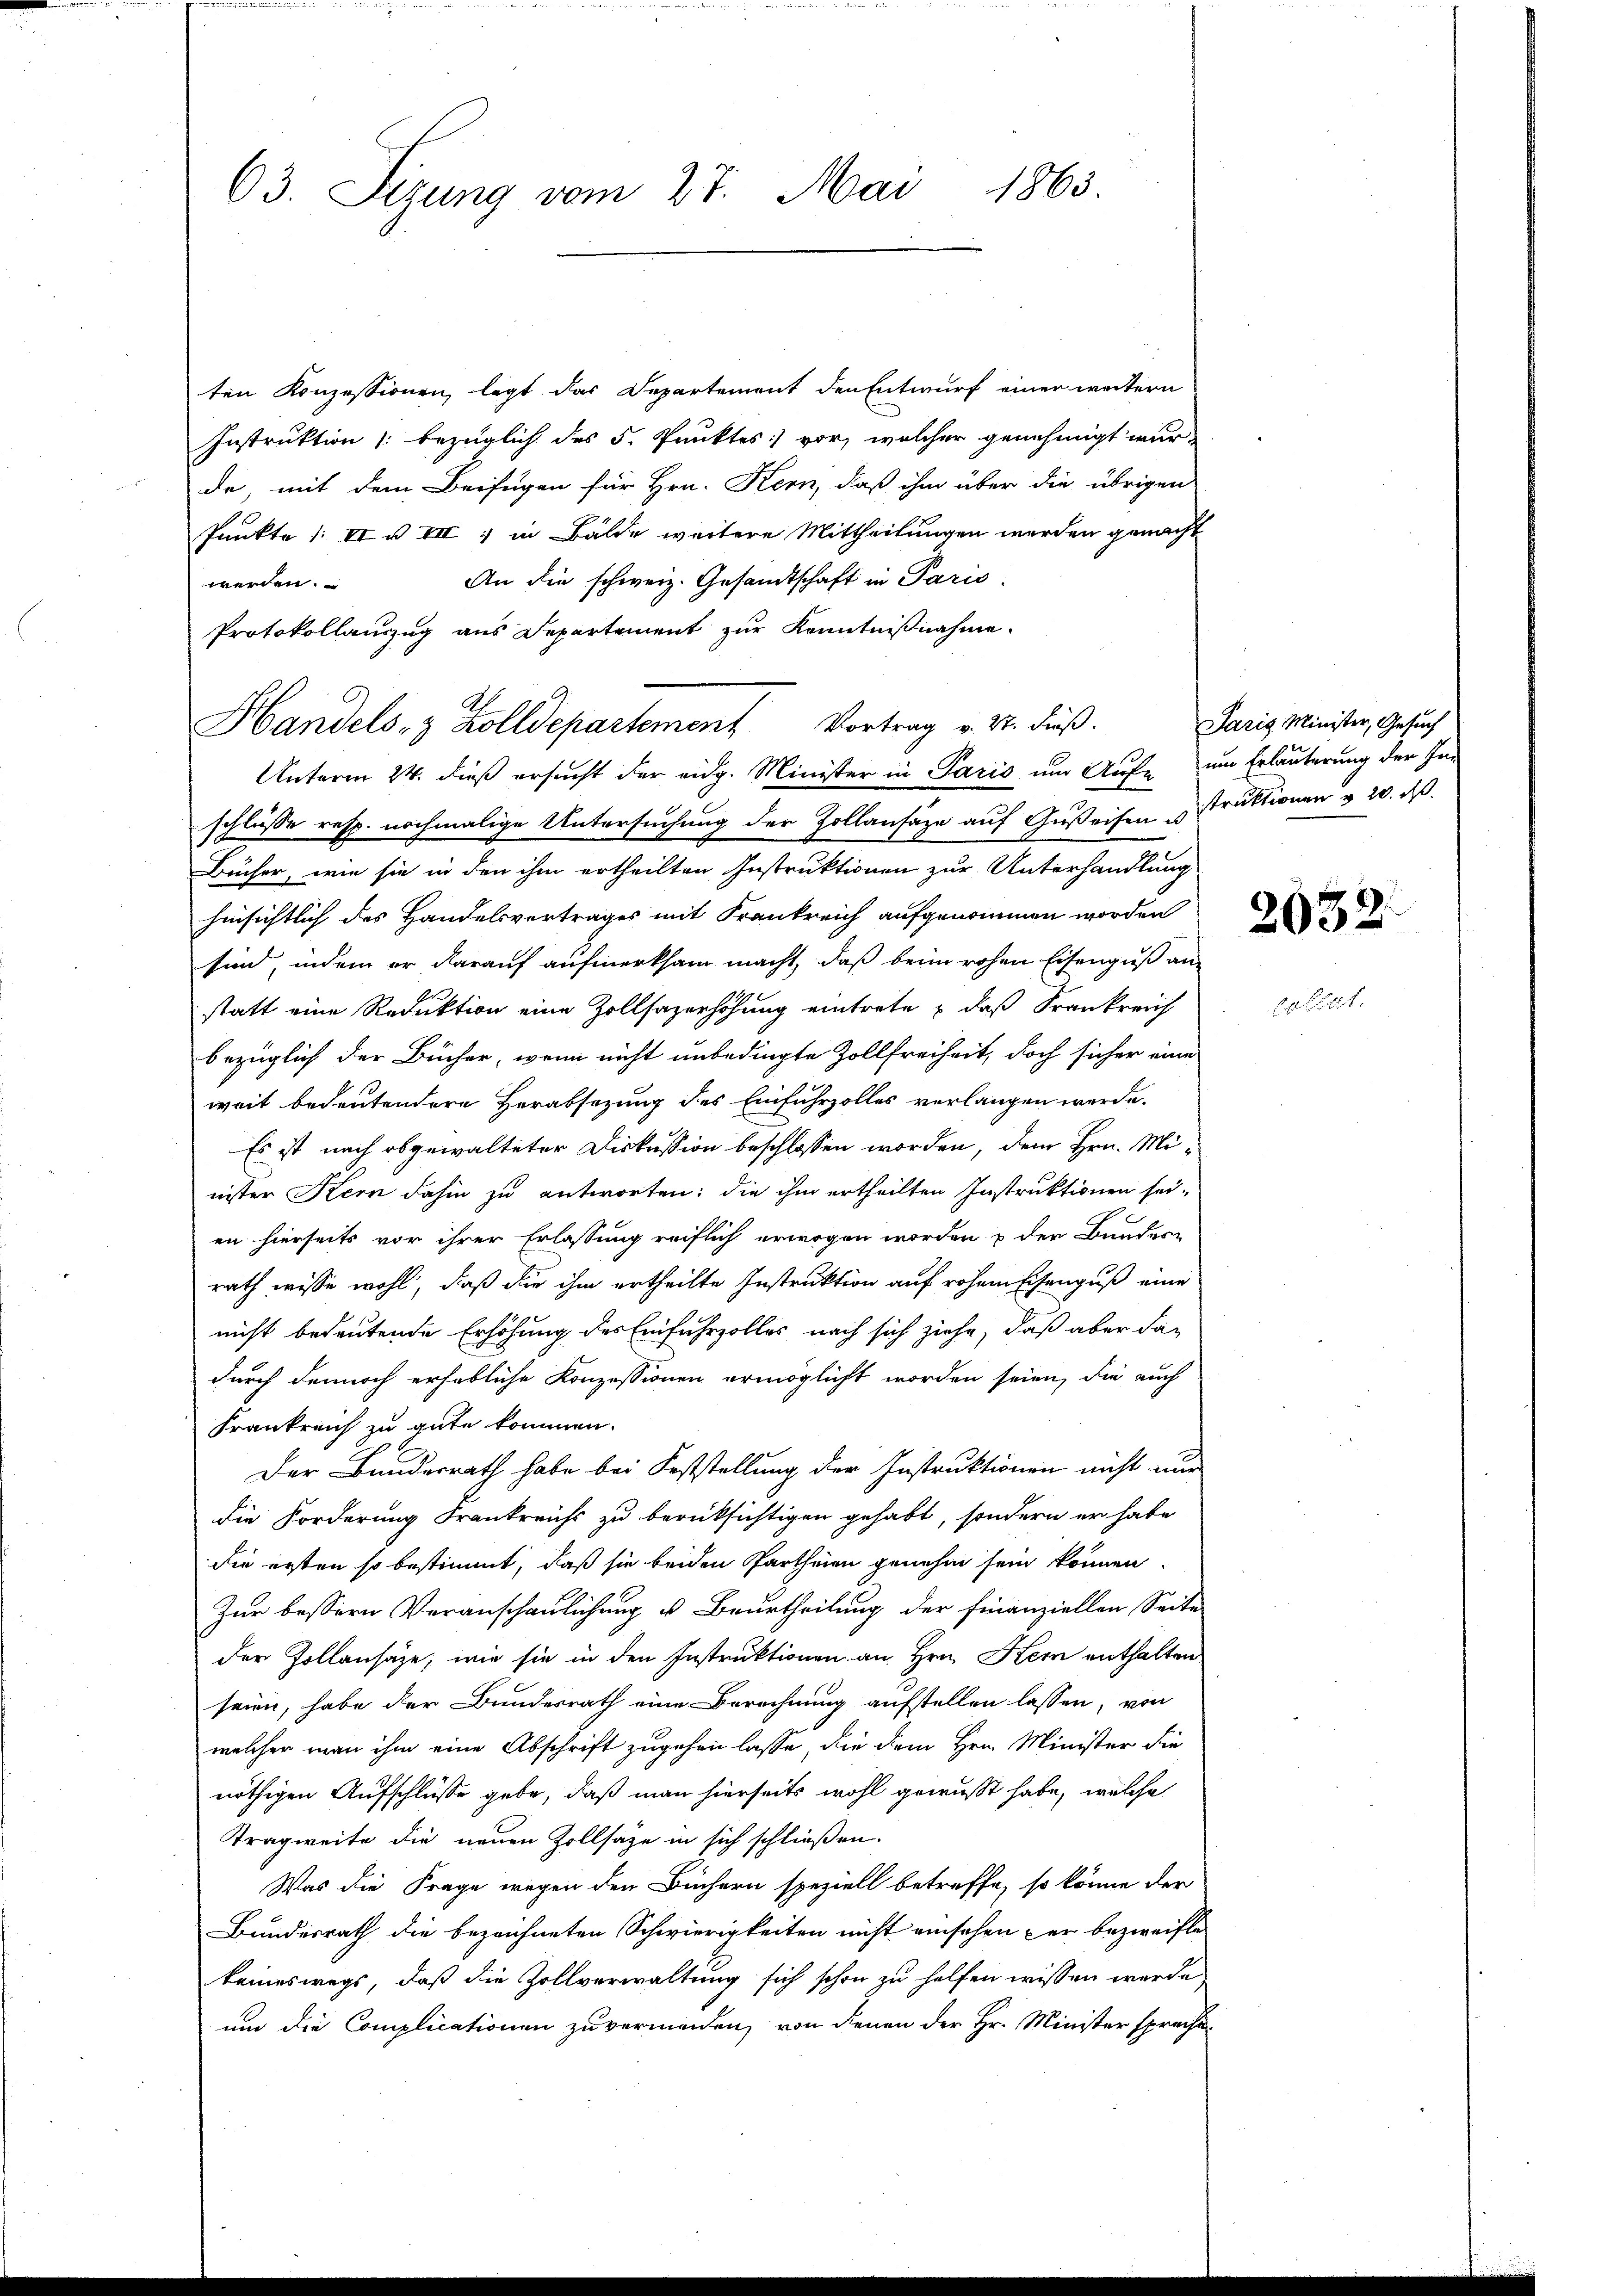
63. Sitzung vom 27. Mai 1863.

ten Konzessionen, legt das Departement den Entwurf einer weitern
Instruktion (bezüglich des 5. Punktes vor, welcher genehmigt wur-
de mit dem Beifügen für Hrn. Kern, daß ihm über die übrigen
Punkte 1: VI u VII ; in Bälde weitere Mittheilungen werden gemacht
An die schweiz. Gesandtschaft in Paris.
werden.
Protokollauszug aus Departement zur Kenntnißnahme.
Unterm 24. dieß ersucht der eidg. Minister in Paris um Auf- um Erläuterung der Inschlüsse resp. nochmalige Untersuchung der Zollansäze auf Gußeisen struktionen v. 20. d.
Bücher, wie sie in den ihm ertheilten Instruktionen zur Unterhandlung
hinsichtlich des Handelsvertrages mit Frankreich aufgenommen worden
sind, indem er darauf aufmerksam macht, daß beim rohen Eisengus an
statt eine Reduktion eine Zollsazerhöhung eintrete & daß Frankreich
bezüglich der Bücher, wenn nicht unbedingte Zollfreiheit, doch sicher eine
weit bedeutendere Herabsazung des Einfuhrzolles verlangen werde.
Es ist nach abgewalteter Diskussion beschlossen worden, dem Hrn. Minister Kern dahin zu antworten: die ihm ertheilten Instruktionen sei-
en hierseits vor ihrer Erlassung reiflich erwogen worden & der Bundern
rath wisse wohl, daß die ihm ertheilte Instruktion auf rohem Eichenguß eine
nicht bedeutende Erhöhung des Einfuhrzolles nach sich ziehe, daß aber dan
durch dennoch erhebliche Konzessionen ermöglicht worden seien, die auch
Frankreich zu gute kommen.
Der Bundesrath habe bei Feststellung der Instruktionen nicht nur
die Forderung Frankreichs zu berüksichtigen gehabt, sondern er habe
die ersten so bestimmt, daß sie beiden Partheien genehm sein können.
Zur bessern Veranschaulichung u. Beurtheilung der Finanziellen Seite
der Pollansäze, wie sie in den Instruktionen an Hrn. Hern enthalten
seien, habe der Bundesrath eine Berechnung aufstellen lassen, von
welcher man ihm eine Abschrift zugehen lasse, die dem Hrn. Minister die
nöthigen Aufschlüsse gebe, daß man hierseits wohl gewußt habe, welche
Tragweite die neuen Zollsäze in sich schließen.
Was die Frage wegen den Büchern speziell betreffe, so könne der
Bundesrath die bezeichneten Schwierigkeiten nicht ansehen der bezweifle
keineswegs, daß die Zollverwaltung sich schon zu helfen wissen werde,
um die Complicationen zu vermanden, von denen der Hr. Minister spreche

Handels- & Zolldepartement Vortrag v. M. dieß.

Paris Minister, Gesuch

2032.